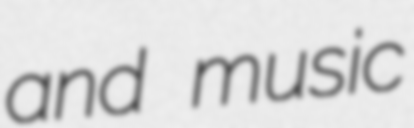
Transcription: and music